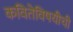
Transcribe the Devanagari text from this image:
कवितेविषयीची